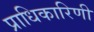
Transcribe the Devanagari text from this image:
प्राधिकारिणी